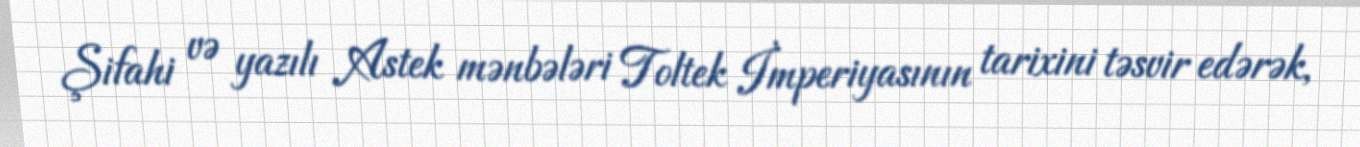
Şifahi və yazılı Astek mənbələri Toltek İmperiyasının tarixini təsvir edərək,